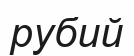
рубий